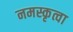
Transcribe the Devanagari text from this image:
नमस्कृत्वा